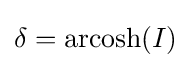
\delta =\operatorname {arcosh} (I)